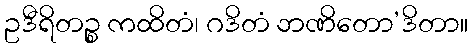
ဥဒီရိတဉ္စ ကထိတံ၊ ဂဒိတံ ဘဏိတော’ဒိတာ။